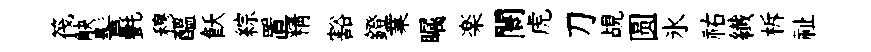
筏觖髻㲲穆醖飫綜置精豁鐙業瞩楽闤虎刀覘圆氷祐纎柝祉